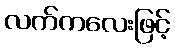
လက်ကလေးဖြင့်